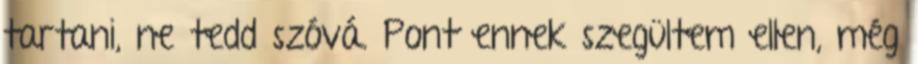
tartani, ne tedd szóvá. Pont ennek szegültem ellen, még